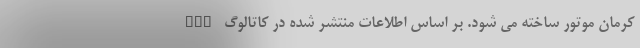
کرمان موتور ساخته می شود. بر اساس اطلاعات منتشر شده در کاتالوگ KMC